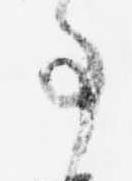
事